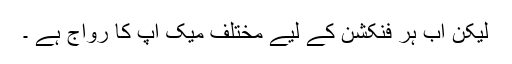
لیکن اب ہر فنکشن کے لیے مختلف میک اپ کا رواج ہے ۔